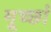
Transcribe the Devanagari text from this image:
मूर्च्‍छा